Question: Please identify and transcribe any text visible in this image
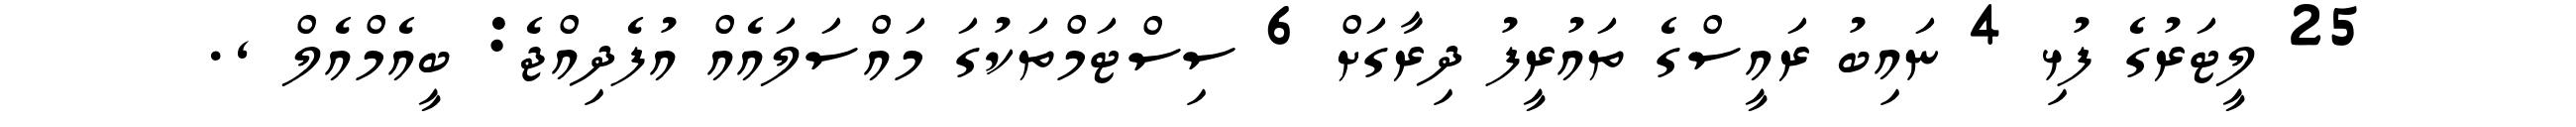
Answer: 25 ލީޓަރުގެ ފުޅި 4 ނައިބު ރައީސްގެ ތައުރީފު ދިރާގަށް 6 ސިސްޓަމްތަކުގަ މައްސަލައެއް އުފެދިއްޖެ: ބީއެމްއެލް ,.